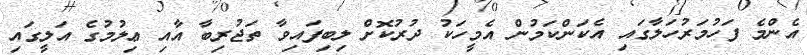
އެންމެ ފަހުމަރުހަލާގައި އެކަންކަމުން އެމީހަކު ދުރުކޮށް ލިބިފައިވާ ތަޖުރިބާ އާއި ޢިލުމުގެ އަލީގައި